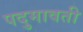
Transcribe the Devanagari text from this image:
पदुमावती